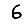
Digit: 6